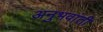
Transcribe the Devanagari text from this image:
अनुभवांती